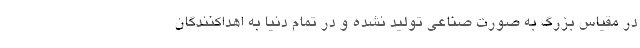
در مقیاس بزرگ به صورت صناعی تولید نشده و در تمام دنیا به اهداکنندگان